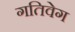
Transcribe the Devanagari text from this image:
गतिवेग